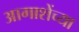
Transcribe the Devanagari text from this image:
आगाशेंच्या